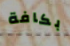
بكافة